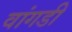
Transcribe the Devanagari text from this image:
वांगडी